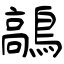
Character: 鶮